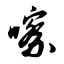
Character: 嚓